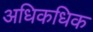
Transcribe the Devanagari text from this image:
अधिकधिक